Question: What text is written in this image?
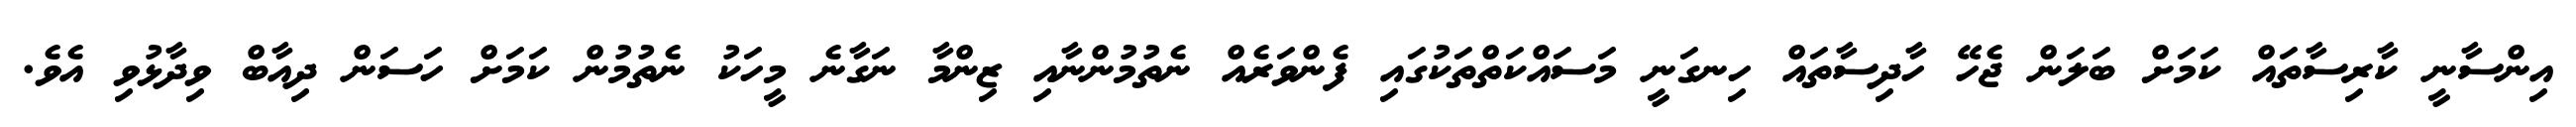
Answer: އިންސާނީ ކާރިސާތައް ކަމަށް ބަލަން ޖެހޭ ހާދިސާތައް ހިނގަނީ މަސައްކަތްތަކުގައި ފެންވަރެއް ނެތުމުންނާއި ޒިންމާ ނަގާނެ މީހަކު ނެތުމުން ކަމަށް ހަސަން ދިއާބް ވިދާޅުވި އެވެ.